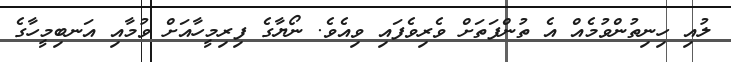
ލުއި ހިނިތުންވުމެއް އެ ތުންފަތަށް ވެރިވެފައި ވިއެވެ. ނޯޔާގެ ފިރިމީހާއަށް ވުމާއި އަނބިމީހާގެ